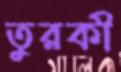
তুরকী